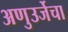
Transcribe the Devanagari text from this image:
अणुउर्जेचा